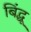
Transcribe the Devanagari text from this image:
बिंद्धू